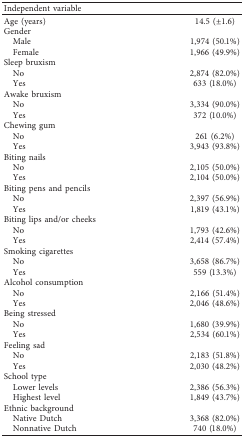
<table><thead><tr><td><b>Independent variable</b></td><td><b> </b></td></tr></thead><tbody><tr><td>Age (years)</td><td>14.5 (±1.6)</td></tr><tr><td>Gender</td><td> </td></tr><tr><td> Male</td><td>1,974 (50.1%)</td></tr><tr><td> Female</td><td>1,966 (49.9%)</td></tr><tr><td>Sleep bruxism</td><td> </td></tr><tr><td> No</td><td>2,874 (82.0%)</td></tr><tr><td> Yes</td><td>633 (18.0%)</td></tr><tr><td>Awake bruxism</td><td> </td></tr><tr><td> No</td><td>3,334 (90.0%)</td></tr><tr><td> Yes</td><td>372 (10.0%)</td></tr><tr><td>Chewing gum</td><td> </td></tr><tr><td> No</td><td>261 (6.2%)</td></tr><tr><td> Yes</td><td>3,943 (93.8%)</td></tr><tr><td>Biting nails</td><td> </td></tr><tr><td> No</td><td>2,105 (50.0%)</td></tr><tr><td> Yes</td><td>2,104 (50.0%)</td></tr><tr><td>Biting pens and pencils</td><td> </td></tr><tr><td> No</td><td>2,397 (56.9%)</td></tr><tr><td> Yes</td><td>1,819 (43.1%)</td></tr><tr><td>Biting lips and/or cheeks</td><td> </td></tr><tr><td> No</td><td>1,793 (42.6%)</td></tr><tr><td> Yes</td><td>2,414 (57.4%)</td></tr><tr><td>Smoking cigarettes</td><td> </td></tr><tr><td> No</td><td>3,658 (86.7%)</td></tr><tr><td> Yes</td><td>559 (13.3%)</td></tr><tr><td>Alcohol consumption</td><td> </td></tr><tr><td> No</td><td>2,166 (51.4%)</td></tr><tr><td> Yes</td><td>2,046 (48.6%)</td></tr><tr><td>Being stressed</td><td> </td></tr><tr><td> No</td><td>1,680 (39.9%)</td></tr><tr><td> Yes</td><td>2,534 (60.1%)</td></tr><tr><td>Feeling sad</td><td> </td></tr><tr><td> No</td><td>2,183 (51.8%)</td></tr><tr><td> Yes</td><td>2,030 (48.2%)</td></tr><tr><td>School type</td><td> </td></tr><tr><td> Lower levels</td><td>2,386 (56.3%)</td></tr><tr><td> Highest level</td><td>1,849 (43.7%)</td></tr><tr><td>Ethnic background</td><td> </td></tr><tr><td> Native Dutch</td><td>3,368 (82.0%)</td></tr><tr><td> Nonnative Dutch</td><td>740 (18.0%)</td></tr></tbody></table>